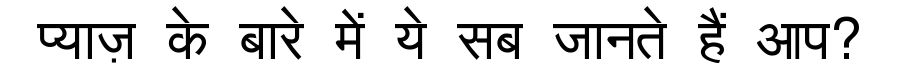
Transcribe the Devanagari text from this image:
प्याज़ के बारे में ये सब जानते हैं आप?